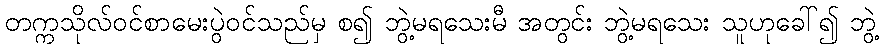
တက္ကသိုလ်ဝင်စာမေးပွဲဝင်သည်မှ စ၍ ဘွဲ့မရသေးမီ အတွင်း ဘွဲ့မရသေး သူဟုခေါ်၍ ဘွဲ့